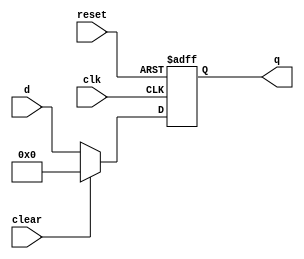
`timescale 1ns / 1ps
//////////////////////////////////////////////////////////////////////////////////
// Company: 
// Engineer: 
// 
// Design Name: 
// Module Name: floprc
// Project Name: 
// Target Devices: 
// Tool Versions: 
// Description: 
// 
// Dependencies: 
// 
// Revision:
// Revision 0.01 - File Created
// Additional Comments:
// 
//////////////////////////////////////////////////////////////////////////////////


module floprc #(parameter WIDTH=8)
    (
    input clk,reset,clear,
    input [WIDTH-1:0] d,
    output reg [WIDTH-1:0] q
    );
    
    always@(posedge clk,posedge reset)
    if(reset)
        q<= #1 0;
    else
        if(clear)
            q<= #1 0;
        else
            q<= #1 d;
    
endmodule